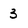
Character: 3